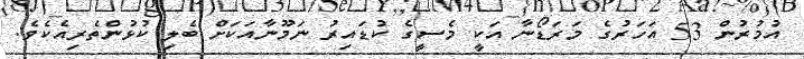
އުމުރުން 53 އަހަރުގެ މަރަޑޯނާ އަކީ މެސީގެ ކުޑައިރު ނަމޫނާއަކަށް ބެލި ކުޅުންތެރިއެކެވެ.